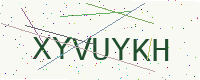
Text: XYVUYKH